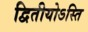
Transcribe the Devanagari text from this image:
द्वितीयोऽस्ति